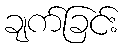
ချက်ခြင်း